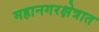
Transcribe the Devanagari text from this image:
महानगरक्षेत्रात